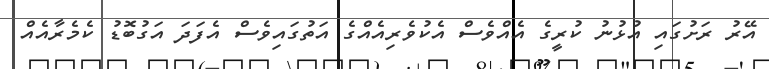
އޭރު ރަށުގައި އުޅުނު ކުރީގެ އެއްވެސް އެކުވެރިއެއްގެ އަތުގައިވެސް އެފަދަ އަގުބޮޑު ކެމެރާއެއް